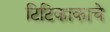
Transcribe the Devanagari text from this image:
टिटिकाकाचे